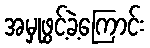
အမှုဖွင့်ခဲ့ကြောင်း